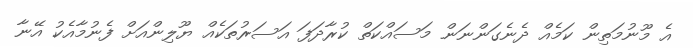
އެ މޫނުމަތިން ކަމެއް ދެނެގަންނަން މަސައްކަތް ކުރާދަފަ އަސަރުތަކެއް ޔޫލިންއަށް ފެނުމާއެކު އޭނާ